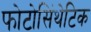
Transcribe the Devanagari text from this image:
फोटोसिंथेटिक